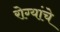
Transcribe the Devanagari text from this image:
रोग्यांचे